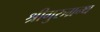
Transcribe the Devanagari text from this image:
श्रीगुरुग्रन्थ